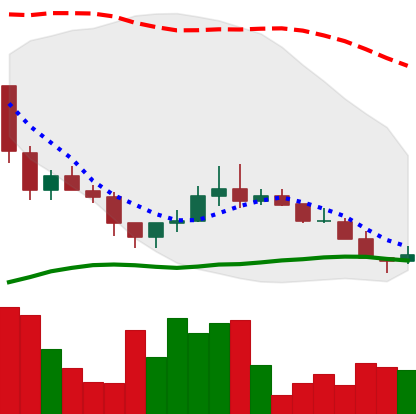
Ticker: LINK-USD
Chart end date: 2018-12-08
Forward return: -9.894%
Label: down_7plus